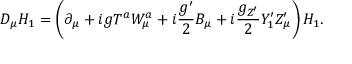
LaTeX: D _ { \mu } H _ { 1 } = \left( \partial _ { \mu } + i g T ^ { a } W _ { \mu } ^ { a } + i \frac { g ^ { \prime } } { 2 } B _ { \mu } + i \frac { g _ { Z ^ { \prime } } } { 2 } Y _ { 1 } ^ { \prime } Z _ { \mu } ^ { \prime } \right) H _ { 1 } .